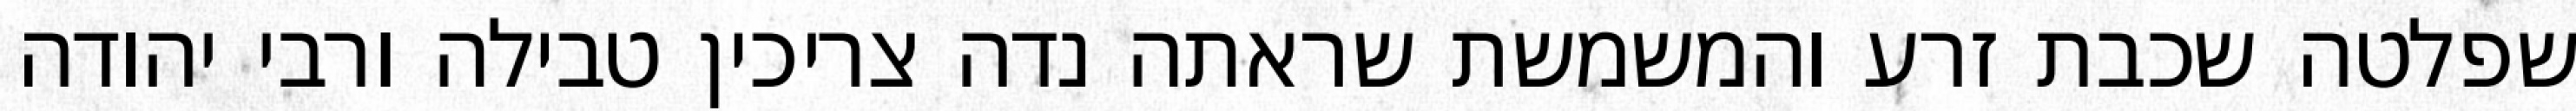
שפלטה שכבת זרע והמשמשת שראתה נדה צריכין טבילה ורבי יהודה